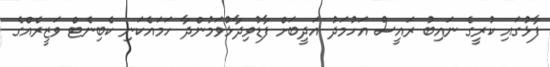
ފާޅުގައި ކުރީގެ ނައިބު ރައީސް އަހުމަދު އަދީބަށް ފާޑުވިދާޅުވަމުންދާ ހަމައެކަނި ކެބިނެޓް ވަޒީރެއްގެ